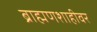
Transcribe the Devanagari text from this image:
ब्राह्मणशाहीवर